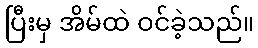
ပြီးမှ အိမ်ထဲ ဝင်ခဲ့သည်။